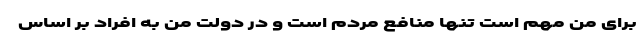
برای من مهم است تنها منافع مردم است و در دولت من به افراد بر اساس